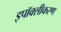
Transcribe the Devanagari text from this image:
इपॉक्सीकरण